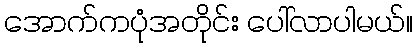
အောက်ကပုံအတိုင်း ပေါ်လာပါမယ်။